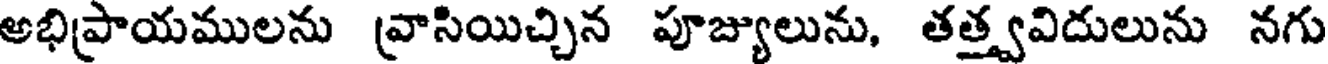
అభిప్రాయములను వ్రాసియిచ్చిన పూజ్యులును, తత్త్వవిదులును నగు